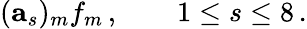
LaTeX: (\mathbf{a}_{s})_{m}f_{m}\, ,\qquad 1\leq s\leq 8\, .